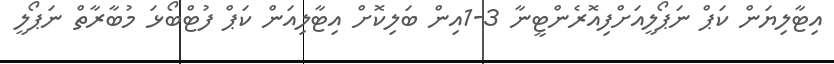
އިޓާލިޔަން ކަޕް ނަޕޯލީއަށްފިއޮރެންޓީނާ 3-1އިން ބަލިކޮށް އިޓާލިއަން ކަޕް ފުޓްބޯޅަ މުބާރާތް ނަޕޯލީ